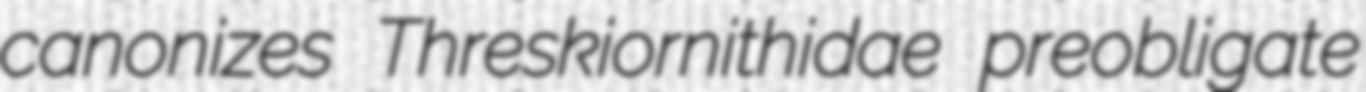
canonizes Threskiornithidae preobligate